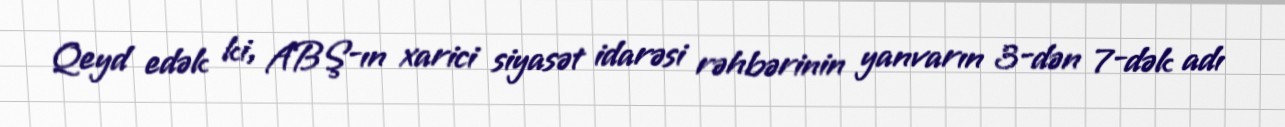
Qeyd edək ki, ABŞ-ın xarici siyasət idarəsi rəhbərinin yanvarın 3-dən 7-dək adı